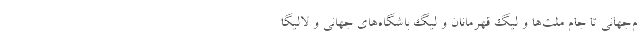
م‌جهانی تا جام ملت‌ها و لیگ قهرمانان و لیگ باشگاه‌های جهانی و لالیگا